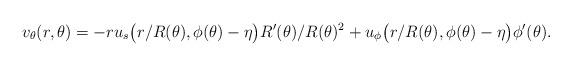
LaTeX: \begin{align*}v_\theta(r,\theta) = - r u_s \big( r/R(\theta), \phi(\theta) - \eta \big) R^\prime(\theta)/R(\theta)^2 + u_\phi \big( r/R(\theta) , \phi(\theta) - \eta \big) \phi^\prime(\theta) .\end{align*}